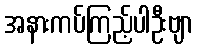
အနားကပ်ကြည့်ပါဦးဗျာ